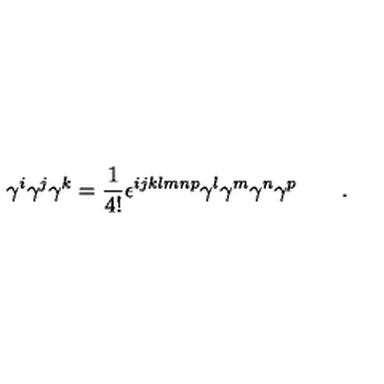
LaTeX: \gamma ^ { i } \gamma ^ { j } \gamma ^ { k } = \frac { 1 } { 4 ! } \epsilon ^ { i j k l m n p } \gamma ^ { l } \gamma ^ { m } \gamma ^ { n } \gamma ^ { p } \qquad .